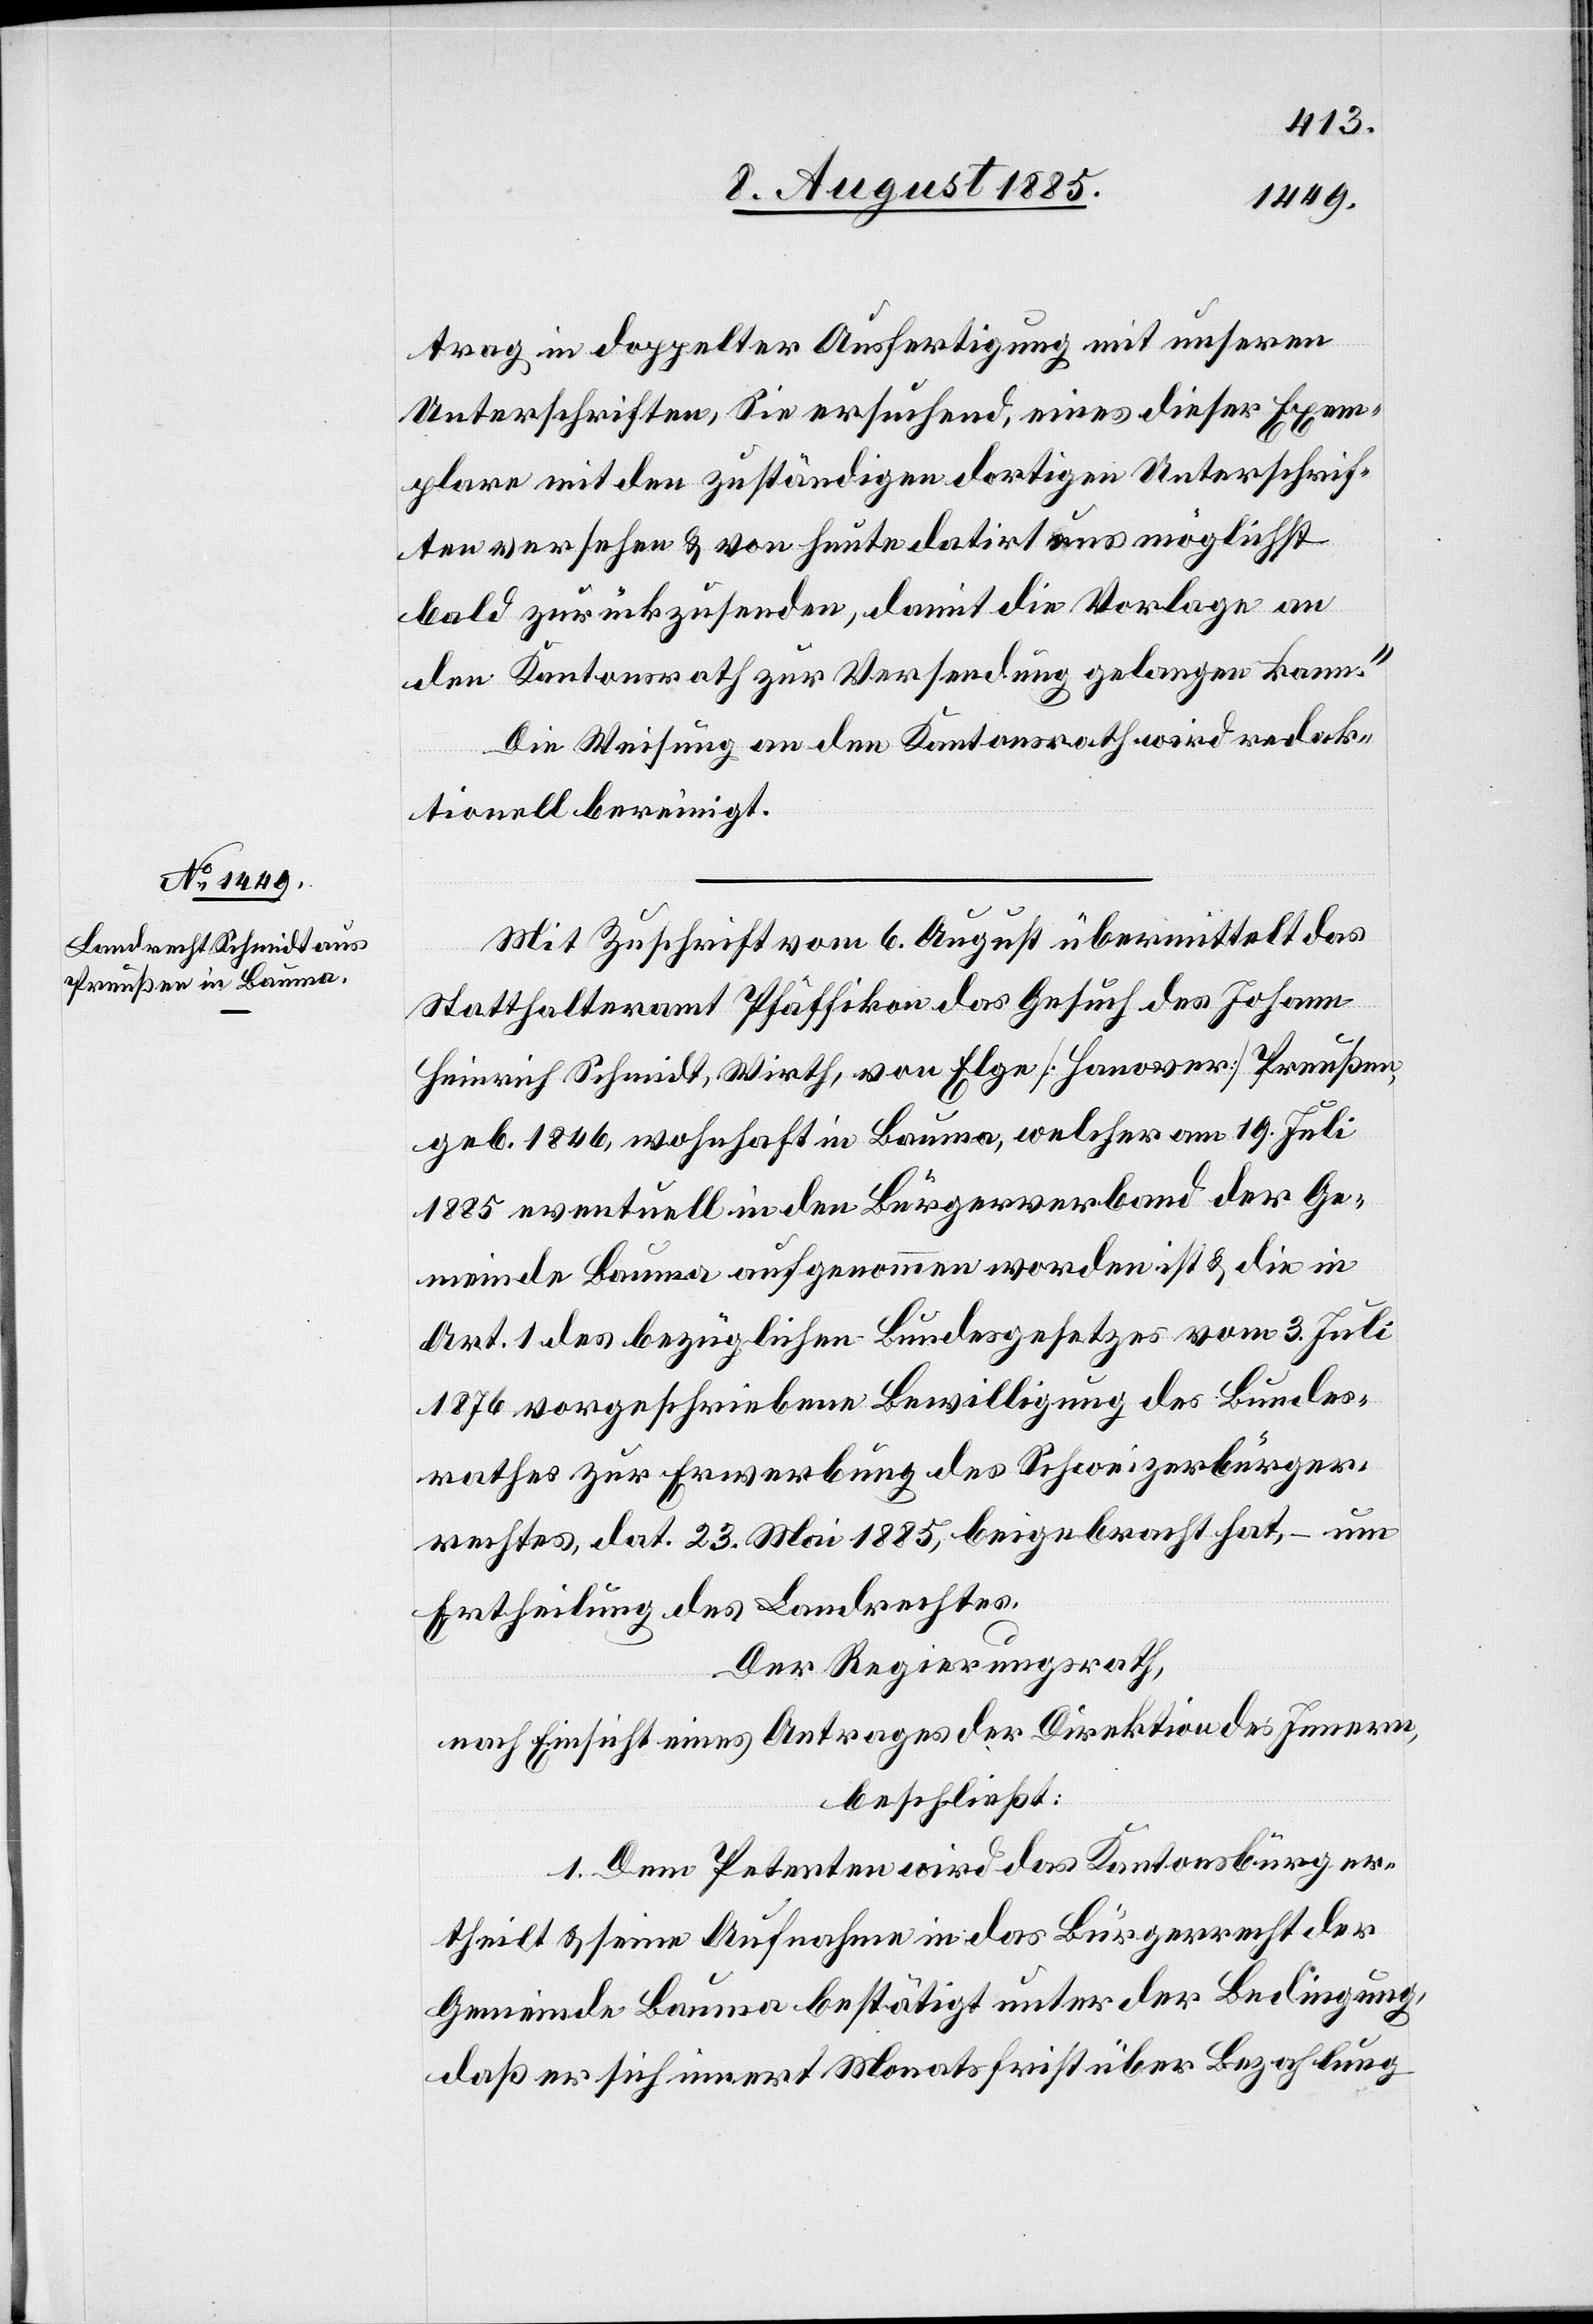
trag in doppelter Ausfertigung mit unseren
Unterschriften, Sie ersuchend, eines dieser Exem¬
plare mit den zuständigen dortigen Unterschrif¬
ten versehen & von heute datirt aus möglichst
bald zurückzusenden, damit die Vorlage an
den Kantonsrath zur Versendung gelangen kann.“
Die Weisung an den Kantonsrath wird redak¬
tionell bereinigt.
Mit Zuschrift vom 6. August übermittelt das
Statthalteramt Pfäffikon das Gesuch des Johann
Heinrich Schmidt, Wirth, von Elge [Hanover] Preußen,
geb. 1846, wohnhaft in Bauma, welcher am 19. Juli
1885 eventuell in den Bürgerverband der Ge¬
meinde Bauma aufgenommen worden ist & die in
Art. 1 des bezüglichen Bundesgesetzes vom 3. Juli
1876 vorgeschriebene Bewilligung des Bundes¬
rathes zur Erwerbung des Schweizerbürger¬
rechtes, dat. 23. Mai 1885, beigebracht hat, – um
Ertheilung des Landrechtes.
Der Regierungsrath,
nach Einsicht eines Antrages der Direktion des Innern,
beschließt:
1. Dem Petenten wird das Kantonsbürgerrecht
ertheilt & seine Aufnahme in das Bürgerrecht der
Gemeinde Bauma bestätigt unter der Bedingung,
daß er sich innert Monatsfrist über Bezahlung